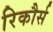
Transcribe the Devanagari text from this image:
रिकौर्स